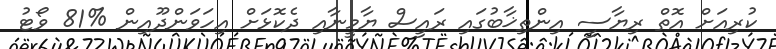
ކުރިއަށް އޮތް ރިޔާސީ އިންތިޚާބުގައި ރައީސް ޔާމީނާއި ދެކޮޅަށް އިހަވަންދޫއިން %81 ވޯޓު